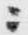
ニ